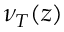
\nu _ { T } ( z )